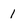
Character: 1